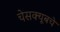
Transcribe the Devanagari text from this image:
चेसक्यूबचे